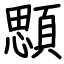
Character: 顋